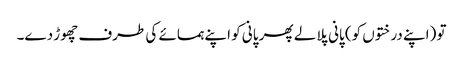
تو (اپنے درختوں کو) پانی پلا لے پھر پانی کو اپنے ہمسائے کی طرف چھوڑ دے۔